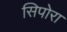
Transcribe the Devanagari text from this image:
सिपोरा